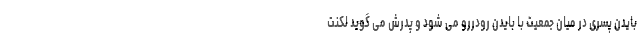
بایدن پسری در میان جمعیت با بایدن رودررو می شود و پدرش می گوید لکنت